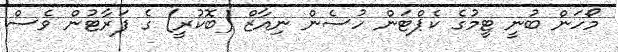
މޯހަން ބުނީ ޓީމުގެ ކެޕްޓަން ހުސެން ނިއާޒް (ބޮކުރީ) ގެ ފަރާޓުން ވެސް